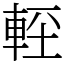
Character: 䡖